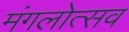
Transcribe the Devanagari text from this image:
मंगलोत्सव